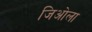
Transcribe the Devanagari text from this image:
जिओला